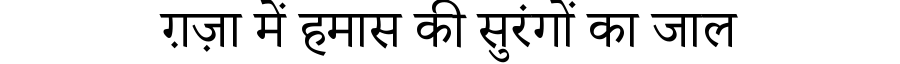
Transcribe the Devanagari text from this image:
ग़ज़ा में हमास की सुरंगों का जाल